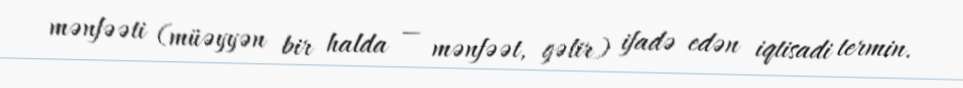
mənfəəti (müəyyən bir halda — mənfəət, gəlir) ifadə edən iqtisadi termin.